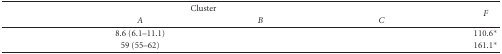
<table><thead><tr><td>[EMPTY_CELL]</td><td colspan="2"><b>Cluster</b></td><td>[EMPTY_CELL]</td><td rowspan="2"><b><i>F</i></b></td></tr><tr><td>[EMPTY_CELL]</td><td><b><i>A</i></b></td><td><b><i>B</i></b></td><td><b><i>C</i></b></td></tr></thead><tbody><tr><td>[EMPTY_CELL]</td><td>8.6 (6.1–11.1)</td><td>[EMPTY_CELL]</td><td>[EMPTY_CELL]</td><td>110.6*</td></tr><tr><td>[EMPTY_CELL]</td><td>59 (55–62)</td><td>[EMPTY_CELL]</td><td>[EMPTY_CELL]</td><td>161.1*</td></tr></tbody></table>